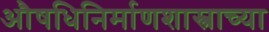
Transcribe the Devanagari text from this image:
औषधिनिर्माणशास्त्राच्या